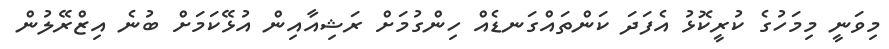
މިވަނީ މިމަހުގެ ކުރީކޮޅު އެފަދަ ކަންތައްގަނޑެއް ހިންގުމަށް ރަޝިއާއިން އުޅޭކަމަށް ބުނެ އިޒްރޭލުން